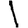
Digit: 1